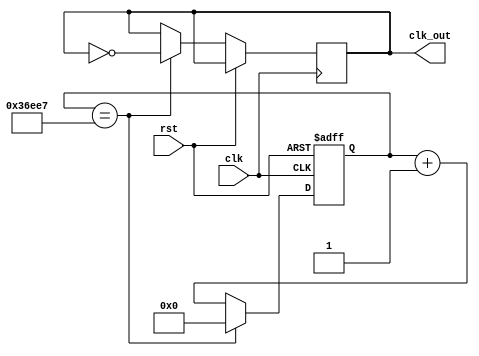
module ClockDivider (
    input wire clk,      // Frecuencia de reloj original
    input wire rst,      // Reset asincrnico
    output reg clk_out  // Frecuencia de reloj reducida
);
    
    reg [31:0] count;        // Contador para dividir la frecuencia
    
    always @(posedge clk or posedge rst) begin
        if (rst) begin
            count <= 0;
        end else begin
            if (count == 224999) begin  // Ajusta este valor para obtener la frecuencia deseada
                count <= 0;
                clk_out <= ~clk_out;    // Invierte el pulso de reloj reducido
            end else begin
                count <= count + 1;
            end
        end
    end

endmodule




module Seven_segment(
    input [15:0] producto, 
    input clk, rst, 
    output reg [6:0] LED_out, 
    output reg d0, d1, d2, d3
);

wire new_clk;
reg [1:0] state , next_state;
parameter s3 = 2'b11, s2 = 2'b10, s1 = 2'b01, s0 = 2'b00;

// Clock Divider
ClockDivider clkd(clk, rst, new_clk);

//next state logic 

always @ (*) begin    
    case(state)
      s0: next_state = s1;
      s1: next_state = s2;
      s2: next_state = s3;
      s3: next_state = s0;
    endcase
end

always @(posedge new_clk , posedge rst)
begin
    if (rst) 
        state <= s0;
    else 
        state <= next_state;
end

always @(*) begin
    case(state)

    s0: begin
        d0=0; d1=1 ; d2=1 ; d3 =1;

        case(producto[3:0]) 
        4'b0000: LED_out = 7'b0000001; // "0"     
        4'b0001: LED_out = 7'b1001111; // "1" 
        4'b0010: LED_out = 7'b0010010; // "2" 
        4'b0011: LED_out = 7'b0000110; // "3" 
        4'b0100: LED_out = 7'b1001100; // "4" 
        4'b0101: LED_out = 7'b0100100; // "5" 
        4'b0110: LED_out = 7'b0100000; // "6" 
        4'b0111: LED_out = 7'b0001111; // "7" 
        4'b1000: LED_out = 7'b0000000; // "8"     
        4'b1001: LED_out = 7'b0000100; // "9" 
        4'b1010: LED_out = 7'b0001000; // "A" 
        4'b1011: LED_out = 7'b0000000; // "B" 
        4'b1100: LED_out = 7'b0110001; // "C"
        4'b1101: LED_out = 7'b0000001; // "D"
        4'b1110: LED_out = 7'b0110000; // "E"
        4'b1111: LED_out = 7'b0111000; // "F"    
        endcase
    end
    
    s1: begin
        d0=1; d1 =0 ; d2=1 ; d3 =1;

        case(producto[7:4])
        4'b0000: LED_out = 7'b0000001; // "0"     
        4'b0001: LED_out = 7'b1001111; // "1" 
        4'b0010: LED_out = 7'b0010010; // "2" 
        4'b0011: LED_out = 7'b0000110; // "3" 
        4'b0100: LED_out = 7'b1001100; // "4" 
        4'b0101: LED_out = 7'b0100100; // "5" 
        4'b0110: LED_out = 7'b0100000; // "6" 
        4'b0111: LED_out = 7'b0001111; // "7" 
        4'b1000: LED_out = 7'b0000000; // "8"     
        4'b1001: LED_out = 7'b0000100; // "9" 
        4'b1010: LED_out = 7'b0001000; // "A" 
        4'b1011: LED_out = 7'b0000000; // "B" 
        4'b1100: LED_out = 7'b0110001; // "C"
        4'b1101: LED_out = 7'b0000001; // "D"
        4'b1110: LED_out = 7'b0110000; // "E"
        4'b1111: LED_out = 7'b0111000; // "F"    
        endcase
    end
        
    s2:begin
        d0=1; d1 =1 ; d2=0 ; d3 =1;

        case(producto[11:8])
        4'b0000: LED_out = 7'b0000001; // "0"     
        4'b0001: LED_out = 7'b1001111; // "1" 
        4'b0010: LED_out = 7'b0010010; // "2" 
        4'b0011: LED_out = 7'b0000110; // "3" 
        4'b0100: LED_out = 7'b1001100; // "4" 
        4'b0101: LED_out = 7'b0100100; // "5" 
        4'b0110: LED_out = 7'b0100000; // "6" 
        4'b0111: LED_out = 7'b0001111; // "7" 
        4'b1000: LED_out = 7'b0000000; // "8"     
        4'b1001: LED_out = 7'b0000100; // "9" 
        4'b1010: LED_out = 7'b0001000; // "A" 
        4'b1011: LED_out = 7'b0000000; // "B" 
        4'b1100: LED_out = 7'b0110001; // "C"
        4'b1101: LED_out = 7'b0000001; // "D"
        4'b1110: LED_out = 7'b0110000; // "E"
        4'b1111: LED_out = 7'b0111000; // "F"    
        endcase
    end
    
    s3: begin
        d0=1; d1 =1 ; d2=1 ; d3 =0;

        case(producto[15:12])
        4'b0000: LED_out = 7'b0000001; // "0"     
        4'b0001: LED_out = 7'b1001111; // "1" 
        4'b0010: LED_out = 7'b0010010; // "2" 
        4'b0011: LED_out = 7'b0000110; // "3" 
        4'b0100: LED_out = 7'b1001100; // "4" 
        4'b0101: LED_out = 7'b0100100; // "5" 
        4'b0110: LED_out = 7'b0100000; // "6" 
        4'b0111: LED_out = 7'b0001111; // "7" 
        4'b1000: LED_out = 7'b0000000; // "8"     
        4'b1001: LED_out = 7'b0000100; // "9" 
        4'b1010: LED_out = 7'b0001000; // "A" 
        4'b1011: LED_out = 7'b0000000; // "B" 
        4'b1100: LED_out = 7'b0110001; // "C"
        4'b1101: LED_out = 7'b0000001; // "D"
        4'b1110: LED_out = 7'b0110000; // "E"
        4'b1111: LED_out = 7'b0111000; // "F"    
        endcase
    end
    endcase
end
endmodule